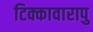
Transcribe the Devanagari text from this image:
टिक्कावारापु